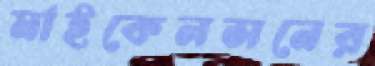
মাইকেলসনের